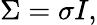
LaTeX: \Sigma=\sigma I,